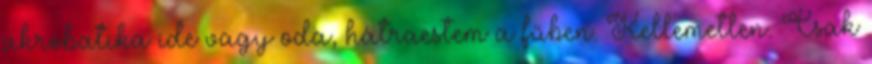
akrobatika ide vagy oda, hátraestem a fűben. Kellemetlen. Csak